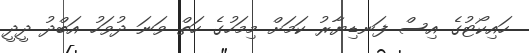
ހައިކޯޓުގެ އިސް ފަނޑިޔާރު ކަމަށް މިމަހުގެ ހަތް ވަނަ ދުވަހު އަބްދު ދީދީ